Materia medica of Madras volume I
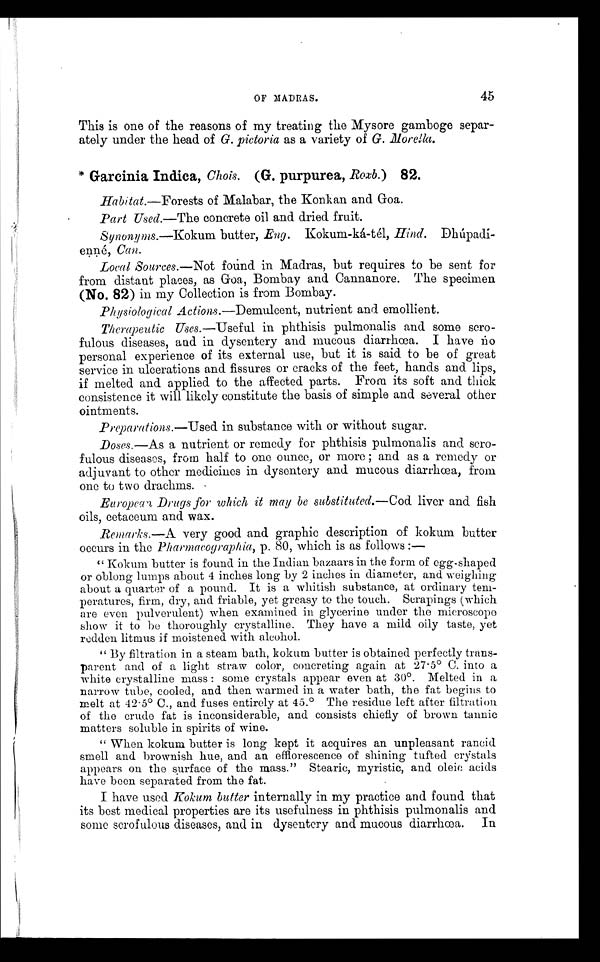
OF MADRAS.
45
This is one of the reasons of my treating the Mysore gamboge separ-
ately under the head of G. pictoria as a variety of G. Morella.
* Garcinia Indica, Chois. (G. purpurea, Roxb.) 82.
Habitat.—Forests of Malabar, the Konkan and Goa.
Part Used.—The concrete oil and dried fruit.
Synonyms.—Kokum butter, Eng. Kokum-ká-tél, Hind.
D h ú p a d i - e
n n é ,
C a n .
Local Sources.—Not found in Madras, but requires to be sent for
from distant places, as Goa, Bombay and Cannanore. The specimen
(No. 82) in my Collection is from Bombay.
Physiological Actions.—Demulcent, nutrient and emollient.
Therapeutic Uses.—Useful in phthisis pulmonalis and some scro-
fulous diseases, and in dysentery and mucous diarrhœa. I have no
personal experience of its external use, but it is said to be of great
service in ulcerations and fissures or cracks of the feet, hands and lips,
if melted and applied to the affected parts. From its soft and thick
consistence it will likely constitute the basis of simple and several other
ointments.
Preparations.—Used in substance with or without sugar.
Doses.—As a nutrient or remedy for phthisis pulmonalis and scro-
fulous diseases, from half to one ounce, or more ; and as a remedy or
adjuvant to other medicines in dysentery and mucous diarrhœa, from
one to two drachms.
European Drugs for which it may be substituted.—Cod. liver and fish
oils, cetaceum and wax.
Remarks.—A very good and graphic description of kokum butter
occurs in the Pharmacographia, p. 80, which is as follows : —
" Kokum butter is found in the Indian bazaars in the form of egg-shaped
or oblong lumps about 4 inches long by 2 inches in diameter, and weighing
about a quarter of a pound. It is a whitish substance, at ordinary tem-
peratures, firm, dry, and friable, yet greasy to the touch. Scrapings (which
are even pulverulent) when examined in glycerine under the microscope
show it to be thoroughly crystalline. They have a mild oily taste, yet
redden litmus if moistened with alcohol.
" By filtration in a steam bath, kokum butter is obtained perfectly trans-
parent and of a light straw color, concreting again at 27 . 5° C. into a
white crystalline mass : some crystals appear even at 30°. Melted in a
narrow tube, cooled, and then warmed in a water bath, the fat begins to
melt at 42-5° C., and fuses entirely at 45.° The residue left after filtration
of the crude fat is inconsiderable, and consists chiefly of brown tannic
matters soluble in spirits of wine.
" When kokum butter is long kept it acquires an unpleasant rancid
smell and brownish hue, and an efflorescence of shining tufted crystals
appears on the surface of the mass." Stearic, myristic, and oleic acids
have been separated from the fat.
I have used Kokum butter internally in my practice and found that
its best medical properties are its usefulness in phthisis pulmonalis and
some scrofulous diseases, and in dysentery and mucous diarrhœa. In